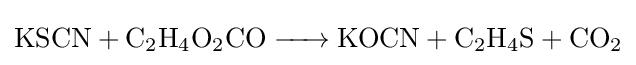
{\ce {KSCN + C2H4O2CO -> KOCN + C2H4S + CO2}}